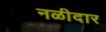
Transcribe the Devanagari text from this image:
नळीदार